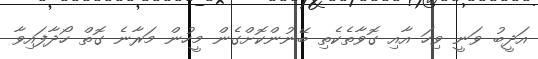
އަދީބު ވަނީ ވިހަ އާއި ގޮވާތެކެތި ބޭނުންކޮށްގެން މީހުން މަރާނެ ގޮތް ހޯދާފައިވާ